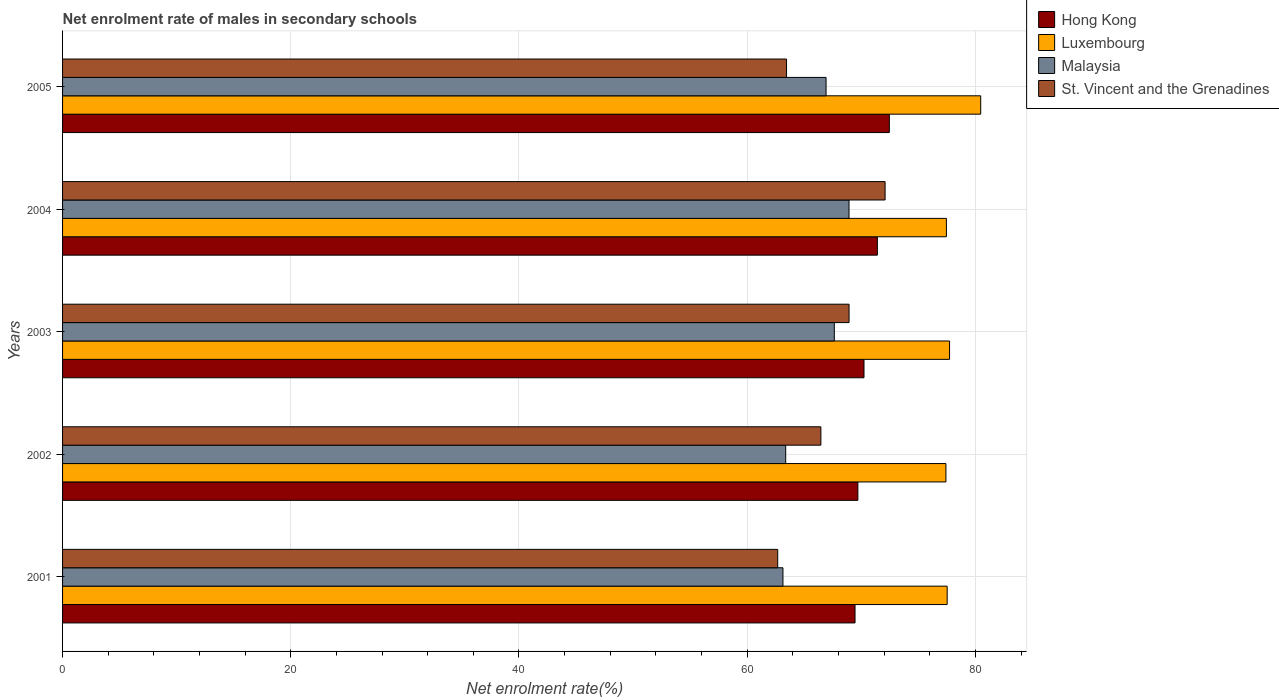
| Years | Hong Kong | Luxembourg | Malaysia | St. Vincent and the Grenadines |
 | --- | --- | --- | --- | --- |
 | 2001 | 69.4 | 77.5 | 63.1 | 62.7 |
 | 2002 | 69.7 | 77.4 | 63.4 | 66.5 |
 | 2003 | 70.2 | 77.7 | 67.6 | 68.9 |
 | 2004 | 71.4 | 77.5 | 68.9 | 72.1 |
 | 2005 | 72.5 | 80.5 | 66.9 | 63.4 |